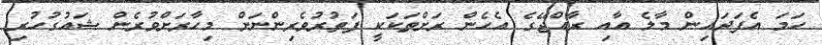
ހަމަ އެފަދައިން މާލެ އާއި ރާއްޖޭގެ އެހެން ރަށްތަކަކީ ފަތުރުވެރިންނަށް މިހާރަށްވުރެން ޝައުގުހުރި